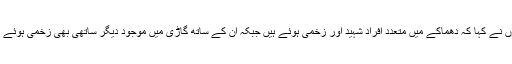
انہوں نے کہا کہ دھماکے میں متعدد افراد شہید اور زخمی ہوئے ہیں جبکہ ان کے ساتھ گاڑی میں موجود دیگر ساتھی بھی زخمی ہوئے ہیں۔